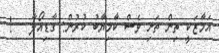
އަމާޒަކީ ތިން ތަށި ވެސް ކާމިޔާބު ކުރުން: ގާޑިއޯލާ   !